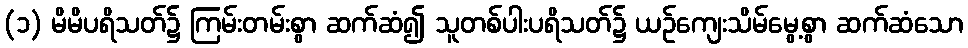
(၁) မိမိပရိသတ်၌ ကြမ်းတမ်းစွာ ဆက်ဆံ၍ သူတစ်ပါးပရိသတ်၌ ယဉ်ကျေးသိမ်မွေ့စွာ ဆက်ဆံသော